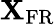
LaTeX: \mathbf{X}_{\mathrm{{FR}}}